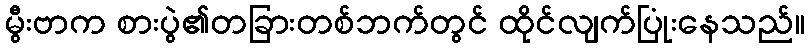
မွီးဗာက စားပွဲ၏တခြားတစ်ဘက်တွင် ထိုင်လျက်ပြုံးနေသည်။